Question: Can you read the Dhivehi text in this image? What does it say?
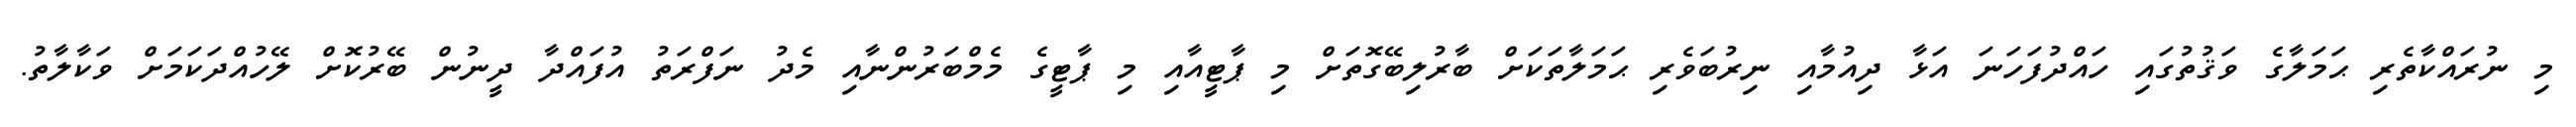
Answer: މި ނުރައްކާތެރި ޙަމަލާގެ ވަޤުތުގައި ހައްދުފަހަނަ އަޅާ ދިއުމާއި ނިރުބަވެރި ޙަމަލާތަކަށް ބާރުލިބޭގޮތަށް މި ޕާޓީއާއި މި ޕާޓީގެ މެމްބަރުންނާއި މެދު ނަފްރަތު އުފައްދާ ދީނުން ބޭރުކޮށް ލޭހުއްދަކަމަށް ވަކާލާތު.